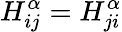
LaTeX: H_{ij}^{\alpha}=H_{ji}^{\alpha}